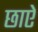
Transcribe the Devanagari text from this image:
छाऐ